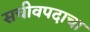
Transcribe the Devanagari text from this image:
सचीवपदाचा